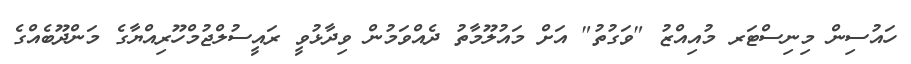
ހައުސިން މިނިސްޓަރ މުއިއްޒު "ވަގުތު" އަށް މައުލޫމާތު ދެއްވަމުން ވިދާޅުވީ ރައީސުލްޖުމްހޫރިއްޔާގެ މަންދޫބެއްގެ